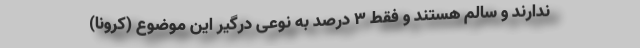
ندارند و سالم هستند و فقط ۳ درصد به نوعی درگیر این موضوع (کرونا)